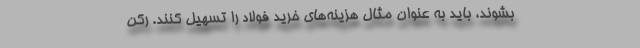
بشوند، باید به عنوان مثال هزینه‌های خرید فولاد را تسهیل کنند. رکن